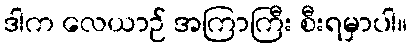
ဒါက လေယာဉ် အကြာကြီး စီးရမှာပါ။